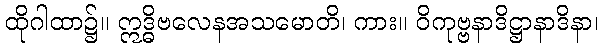
ထိုဂါထာ၌။ ဣဒ္ဓိဗလေနအသမောတိ၊ ကား။ ဝိကုဗ္ဗနာဒိဋ္ဌာနာဒိနာ၊